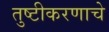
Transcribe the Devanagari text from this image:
तुष्टीकरणाचे